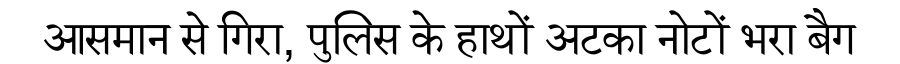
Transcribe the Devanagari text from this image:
आसमान से गिरा, पुलिस के हाथों अटका नोटों भरा बैग